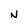
Character: N